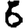
Digit: 6